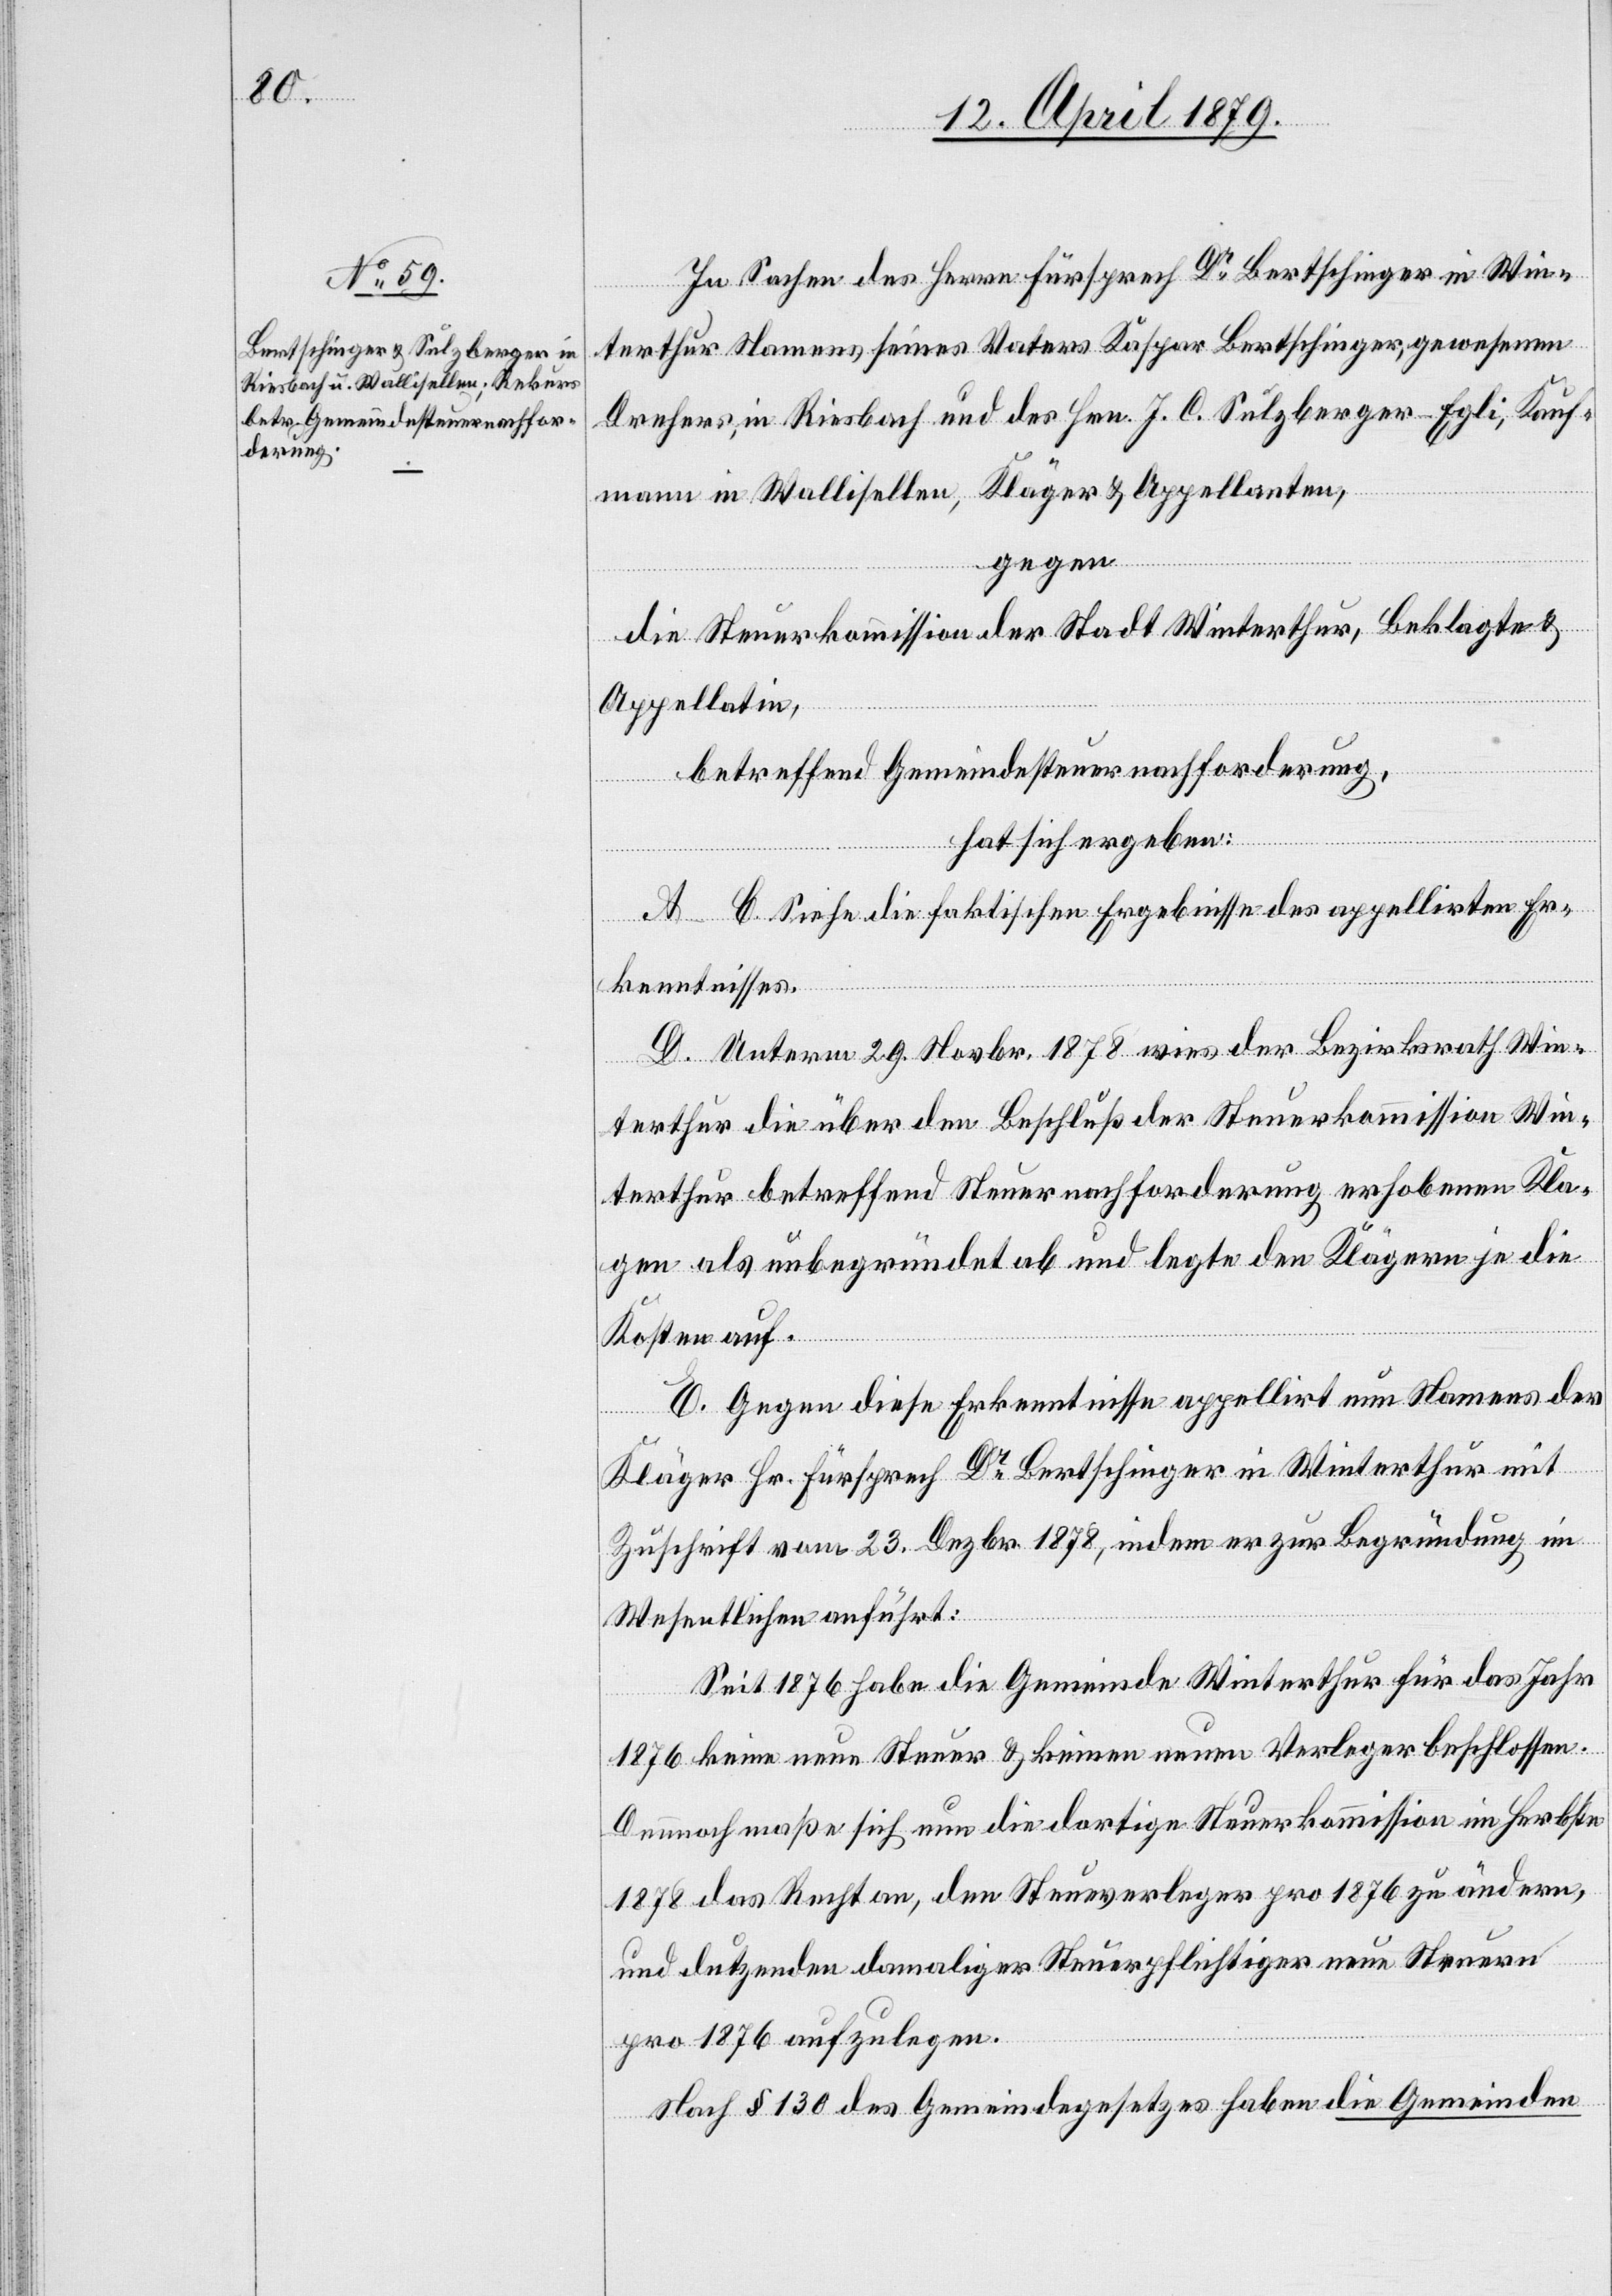
In Sachen des Herrn Fürsprech Dr Bertschinger in Win¬
terthur Namens seines Vaters Kaspar Bertschinger, gewesenen
Drehers, in Riesbach und des Hrn. J. C. Sulzberger-Egli, Kauf¬
mann in Wallisellen, Kläger & Appellanten,
gegen
die Steuerkommission der Stadt Winterthur, Beklagte &
Appellatin,
betreffend Gemeindesteuernachforderung,
hat sich ergeben:
A–C. Siehe die faktischen Ergebnisse des appellirten Er¬
kenntnisses.
D. Unterm 29. Novbr. 1878 wies der Bezirksrath Win¬
terthur die über den Beschluß der Steuerkommission Win¬
terthur betreffend Steuernachforderung erhobenen Kla¬
gen als unbegründet ab und legte den Klägern je die
Kosten auf.
E. Gegen diese Erkenntnisse appellirt nun Namens der
Kläger Hr. Fürsprech Dr Bertschinger in Winterthur mit
Zuschrift vom 23. Dezbr. 1878, indem er zur Begründung im
Wesentlichen anführt:
Seit 1879 habe die Gemeinde Winterthur für das Jahr
1876 keine neue Steuer & keinen neuen Verleger beschlossen.
Dennnoch maße sich nun die dortige Steuerkommission im Herbste
1878 das Recht an, den Steue[r]verleger pro 1876 zu ändern,
und dutzenden damaliger Steuerpflichtiger neue Steuern
pro 1876 aufzulegen.
Nach § 130 des Gemeindegesetzes haben die Gemeinden